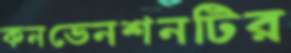
কনভেনশনটির